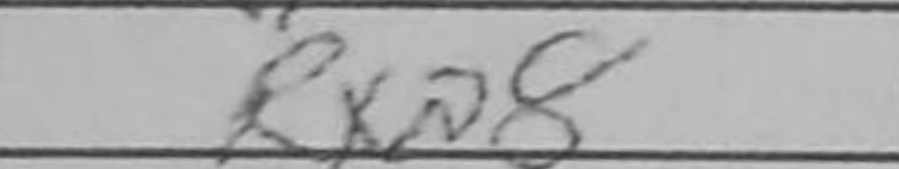
Transcription: Rxa8